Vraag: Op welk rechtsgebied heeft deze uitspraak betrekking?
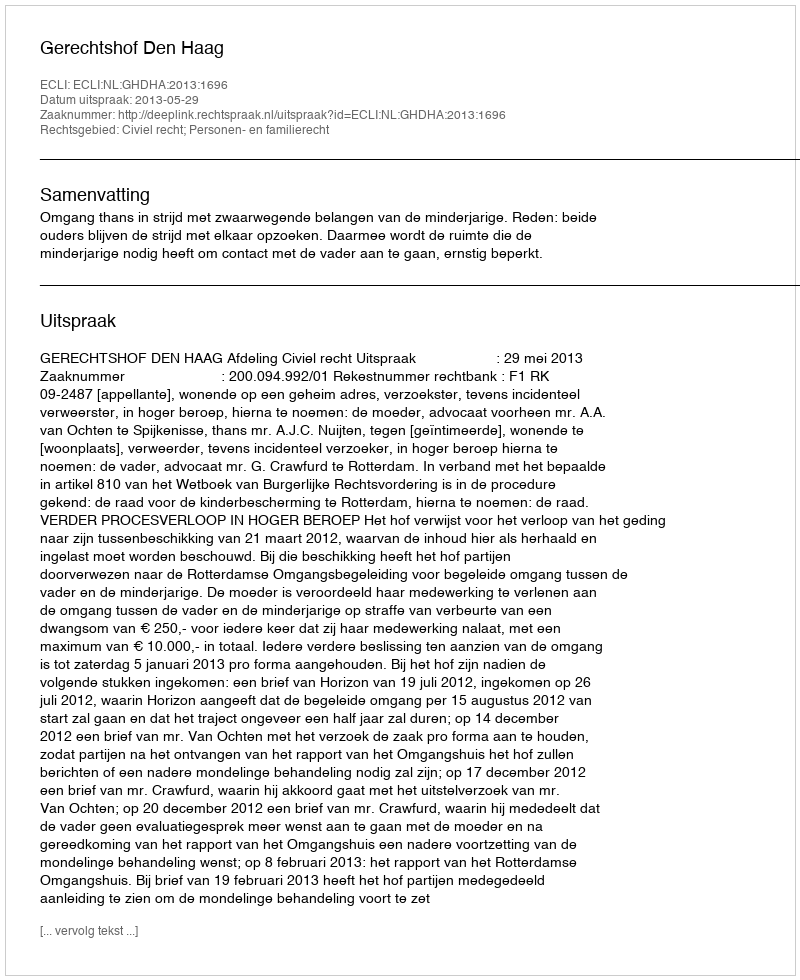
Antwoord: Civiel recht; Personen- en familierecht